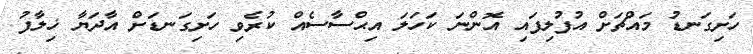
ހަށިގަނޑު މައްޗަށް އުފުލިފައި އޮންނަ ކަހަލަ އިޙްސާސެއް ކުރެވި ހަށިގަނޑަށް އާދަޔާ ޚިލާފު